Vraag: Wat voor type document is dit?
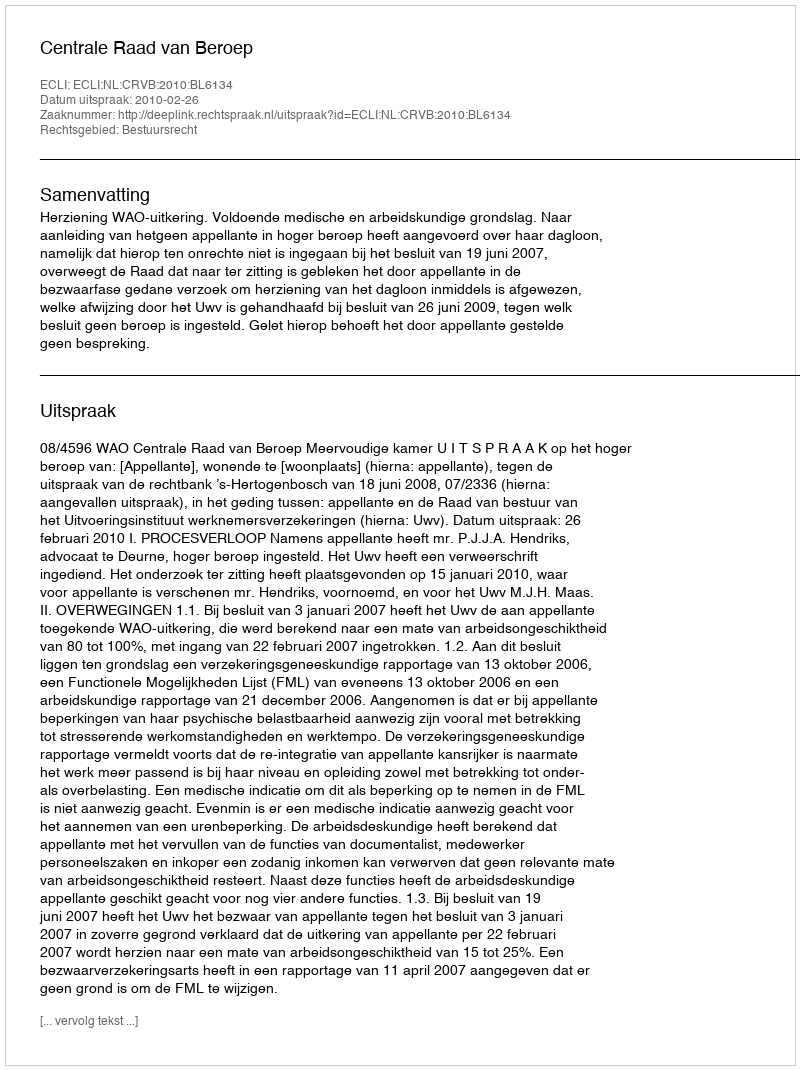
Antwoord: Uitspraak